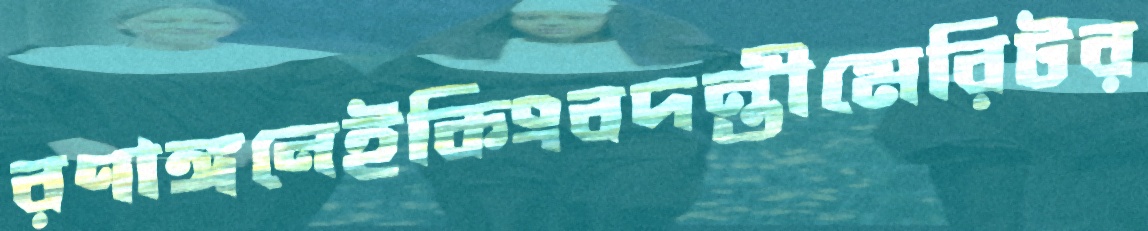
রণাঙ্গনেইকিংবদন্তীমেরিটর